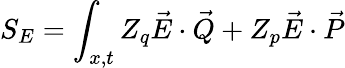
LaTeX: S_{E}=\int_{x,t}Z_{q}\vec{E}\cdot\vec{Q}+Z_{p}\vec{E}\cdot\vec{P}